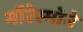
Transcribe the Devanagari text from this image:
मॉरेस्मोने